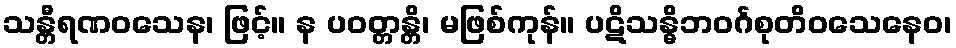
သန္တီရဏဝသေန၊ ဖြင့်။ န ပဝတ္တန္တိ၊ မဖြစ်ကုန်။ ပဋိသန္ဓိဘဝင်္ဂစုတိဝသေနေဝ၊